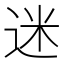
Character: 迷